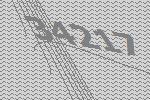
34217